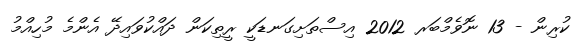
ކުރިން - 13 ނޮވެމްބަރ 2012 އިސްތަށިގަނޑަކީ ރީތިކަން ދައްކުވައިދޭ އެންމެ މުހިއްމު